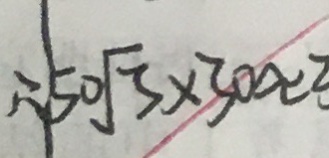
\therefore \vert 5 0 \sqrt { 3 } \times 3 0 \approx